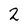
Character: 2